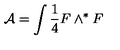
{ \mathcal A } = \int \frac { 1 } { 4 } F \wedge ^ { * } F